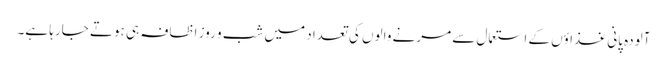
آلودہ پانی غذاؤں کے استعمال سے مرنے والوں کی تعداد میں شب و روز اظافہ ہی ہوتے جارہا ہے۔